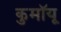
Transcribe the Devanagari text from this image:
कुमॉयू